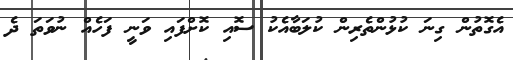
އެގޮތުން ގިނަ ކުޅުންތެރިން ކުލަބާއެކު ސޮއި ކޮށްފައި ވަނީ ފަހެއް ނުވަތަ ދެ